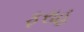
ફરાહ